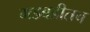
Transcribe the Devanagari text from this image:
गडबडीतच